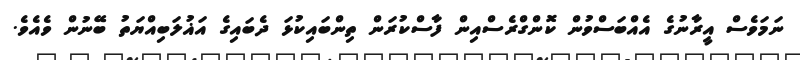
ނަމަވެސް އީރާނުގެ އެއްބަސްވުން ކޮންގްރެސްއިން ފާސްކުރަން ތިންބައިކުޅަ ދެބައިގެ އަޣުލަބިއްޔަތު ބޭނުން ވެއެވެ.